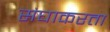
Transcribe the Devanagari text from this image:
संघाकरता